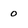
Character: o